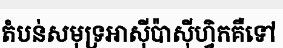
តំបន់សមុទ្រអាស៊ីប៉ាស៊ីហ្វិកគឺទៅ